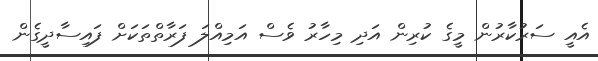
އެއީ ސަރުކާރުން މީގެ ކުރިން އަދި މިހާރު ވެސް އަމިއްލަ ފަރާތްތަކަށް ފައިސާދީގެން